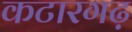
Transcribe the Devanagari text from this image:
कटारगढ़